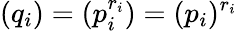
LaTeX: (q_{i})=(p_{i}^{r_{i}})=(p_{i})^{r_{i}}